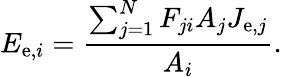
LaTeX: E_{\mathrm{e},i}={\frac{\sum_{j=1}^{N}F_{ji}A_{j}J_{\mathrm{e},j}}{A_{i}}}.